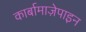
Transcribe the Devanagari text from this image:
कार्बामाज़ेपाइन